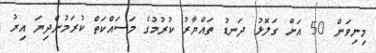
މިނިވަން 50 އަށް ގަލޮޅު ދަނޑު ތައްޔާރު ކުރުމުގެ މަސައްކަތް ކުރަމުންދިޔަ އިރު